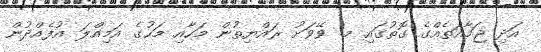
އަދި ޖަމާއަތެއްގެ ގޮތުގައި މ. ވޭވަށު ރައްޔިތުން މަހާއި މަހުގެ އަމިއްލަ އުފެއްދުން